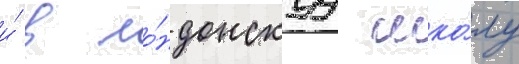
и́ в ло́ндонскуу шко́лу